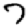
Digit: 7